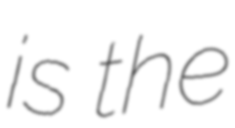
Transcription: is the